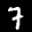
Label: 7